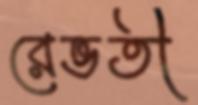
রেভতী